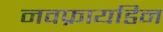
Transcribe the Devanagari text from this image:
नवफ्रायडिन